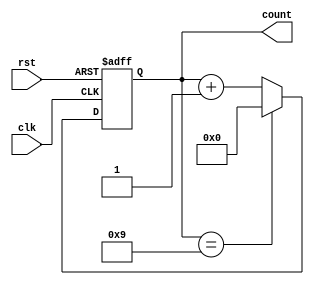
module DecadeCounter(
    input clk,
    input rst,
    output reg [3:0] count
);

always @(posedge clk or posedge rst) begin
    if (rst) begin
        count <= 4'b0000;
    end else begin
        if (count == 4'b1001) begin
            count <= 4'b0000;
        end else begin
            count <= count + 1;
        end
    end
end

endmodule